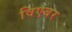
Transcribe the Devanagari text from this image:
विएबर